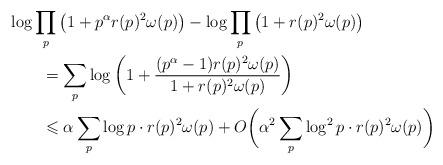
LaTeX: \begin{align*}&\log\prod_p\big(1+p^{\alpha}r(p)^2\omega(p)\big)-\log\prod_p\big(1+r(p)^2\omega(p)\big)\\&\qquad=\sum_p\log\left(1+\frac{(p^{\alpha}-1)r(p)^2\omega(p)}{1+r(p)^2\omega(p)}\right)\\&\qquad\leqslant\alpha\sum_p\log p\cdot r(p)^2\omega(p)+O\bigg(\alpha^2\sum_p\log^2p\cdot r(p)^2\omega(p)\bigg)\end{align*}